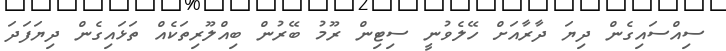
ސިއްސައިގެން ދިޔަ ދާރާއަށް ހޭލެވުނީ ސިޓިން ރޫމު ބޭރުން ބިއްލޫރިތަކެއް ތަޅައިގެން ދިޔަފަދަ